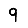
Digit: 9